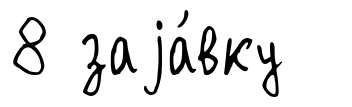
8 заjа́вку